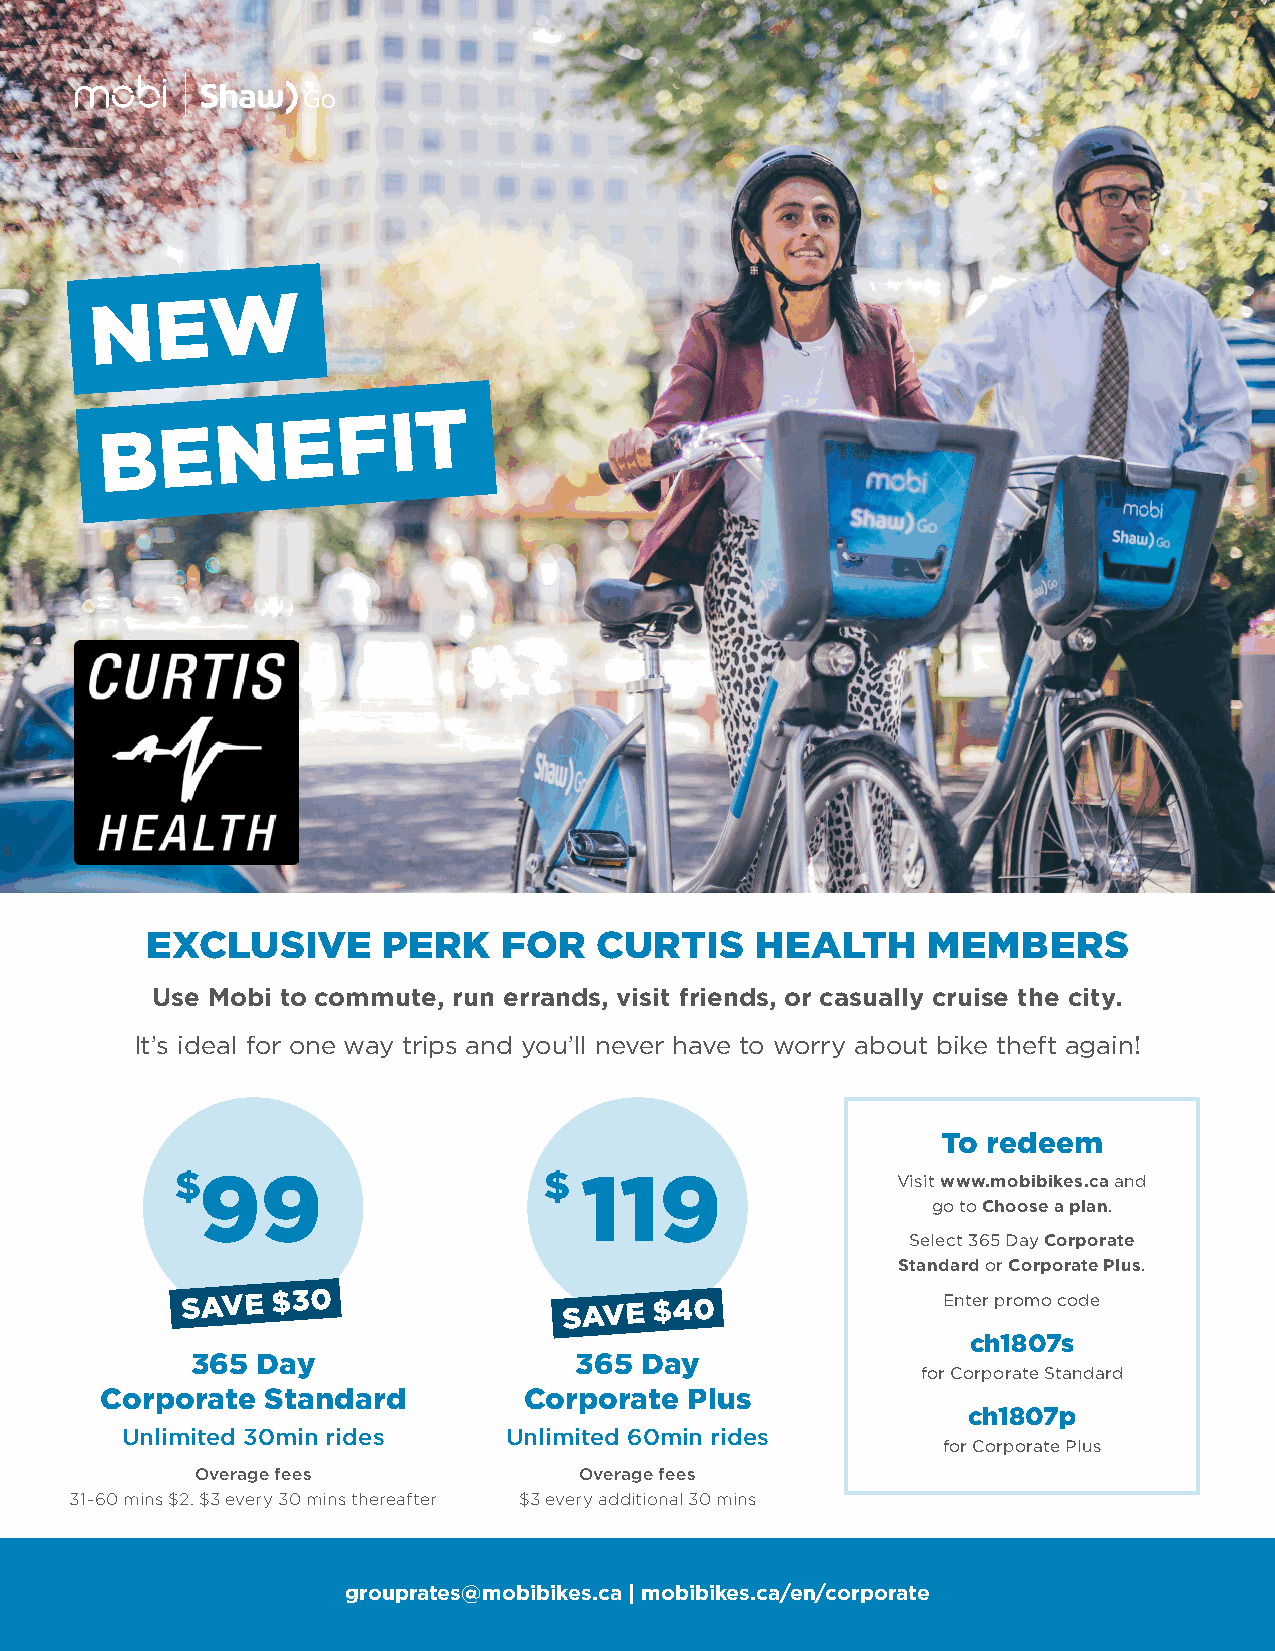
W
 N   E
 B   E  N    E
 FIT
 EXCLUSIVE      PERK    FOR    CURTIS    HEALTH     MEMBERS
 Use Mobi to commute, run errands, visit friends, or casually cruise the city.
 It’s ideal for one way trips and you’ll never have to worry about bike theft again!
 To redeem
 $99                     $ 119                  Visit www.mobibikes.ca and
 go to Choose a plan.
 Select 365 Day Corporate
 Standard or Corporate Plus.
 SAVE  $30                SAVE  $40                Enter promo code
 ch1807s
 365 Day                  365 Day
 for Corporate Standard
 Corporate Standard          Corporate  Plus
 ch1807p
 Unlimited 30min rides    Unlimited 60min rides
 for Corporate Plus
 Overage fees             Overage fees
 31-60 mins $2. $3 every 30 mins thereafter $3 every additional 30 mins
 grouprates@mobibikes.ca | mobibikes.ca/en/corporate